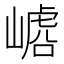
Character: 𱜆